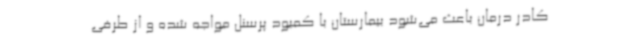
کادر درمان باعث می‌شود بیمارستان با کمبود پرسنل مواجه شده و از طرفی